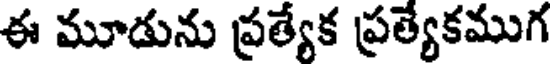
ఈ మూడును ప్రత్యేక ప్రత్యేకముగ